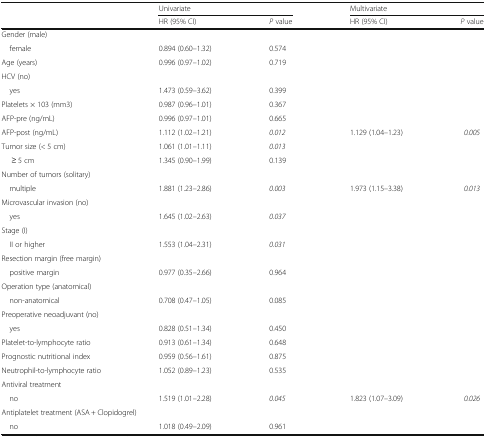
<table><thead><tr><td rowspan="2"></td><td colspan="2"><b>Univariate</b></td><td colspan="2"><b>Multivariate</b></td></tr><tr><td><b>HR (95% CI)</b></td><td><b><i>P</i> value</b></td><td><b>HR (95% CI)</b></td><td><b><i>P</i> value</b></td></tr></thead><tbody><tr><td colspan="5">Gender (male)</td></tr><tr><td> female</td><td>0.894 (0.60–1.32)</td><td>0.574</td><td></td><td></td></tr><tr><td>Age (years)</td><td>0.996 (0.97–1.02)</td><td>0.719</td><td></td><td></td></tr><tr><td colspan="5">HCV (no)</td></tr><tr><td> yes</td><td>1.473 (0.59–3.62)</td><td>0.399</td><td></td><td></td></tr><tr><td>Platelets × 103 (mm3)</td><td>0.987 (0.96–1.01)</td><td>0.367</td><td></td><td></td></tr><tr><td>AFP-pre (ng/mL)</td><td>0.996 (0.97–1.01)</td><td>0.665</td><td></td><td></td></tr><tr><td>AFP-post (ng/mL)</td><td>1.112 (1.02–1.21)</td><td><i>0.012</i></td><td>1.129 (1.04–1.23)</td><td><i>0.005</i></td></tr><tr><td>Tumor size (&lt; 5 cm)</td><td>1.061 (1.01–1.11)</td><td><i>0.013</i></td><td></td><td></td></tr><tr><td>≥ 5 cm</td><td>1.345 (0.90–1.99)</td><td>0.139</td><td></td><td></td></tr><tr><td colspan="5">Number of tumors (solitary)</td></tr><tr><td> multiple</td><td>1.881 (1.23–2.86)</td><td><i>0.003</i></td><td>1.973 (1.15–3.38)</td><td><i>0.013</i></td></tr><tr><td colspan="5">Microvascular invasion (no)</td></tr><tr><td> yes</td><td>1.645 (1.02–2.63)</td><td><i>0.037</i></td><td></td><td></td></tr><tr><td colspan="5">Stage (I)</td></tr><tr><td> II or higher</td><td>1.553 (1.04–2.31)</td><td><i>0.031</i></td><td></td><td></td></tr><tr><td colspan="5">Resection margin (free margin)</td></tr><tr><td> positive margin</td><td>0.977 (0.35–2.66)</td><td>0.964</td><td></td><td></td></tr><tr><td colspan="5">Operation type (anatomical)</td></tr><tr><td> non-anatomical</td><td>0.708 (0.47–1.05)</td><td>0.085</td><td></td><td></td></tr><tr><td colspan="5">Preoperative neoadjuvant (no)</td></tr><tr><td> yes</td><td>0.828 (0.51–1.34)</td><td>0.450</td><td></td><td></td></tr><tr><td>Platelet-to-lymphocyte ratio</td><td>0.913 (0.61–1.34)</td><td>0.648</td><td></td><td></td></tr><tr><td>Prognostic nutritional index</td><td>0.959 (0.56–1.61)</td><td>0.875</td><td></td><td></td></tr><tr><td>Neutrophil-to-lymphocyte ratio</td><td>1.052 (0.89–1.23)</td><td>0.535</td><td></td><td></td></tr><tr><td colspan="5">Antiviral treatment</td></tr><tr><td> no</td><td>1.519 (1.01–2.28)</td><td><i>0.045</i></td><td>1.823 (1.07–3.09)</td><td><i>0.026</i></td></tr><tr><td colspan="5">Antiplatelet treatment (ASA + Clopidogrel)</td></tr><tr><td> no</td><td>1.018 (0.49–2.09)</td><td>0.961</td><td></td><td></td></tr></tbody></table>